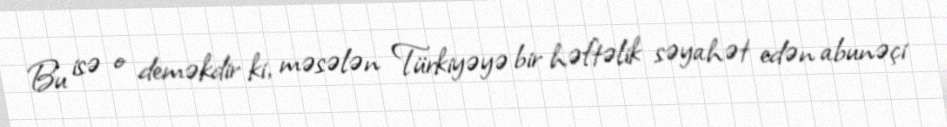
Bu isə o deməkdir ki, məsələn Türkiyəyə bir həftəlik səyahət edən abunəçi